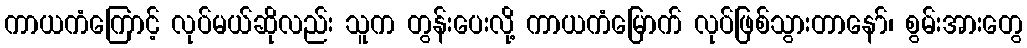
ကာယကံကြောင့် လုပ်မယ်ဆိုလည်း သူက တွန်းပေးလို့ ကာယကံမြောက် လုပ်ဖြစ်သွားတာနော်၊ စွမ်းအားတွေ